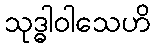
သုဒ္ဓါဝါသေဟိ